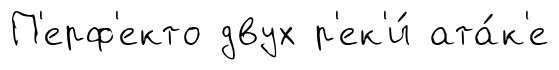
П'ерф'екто двух р'ек'и́ ата́к'е